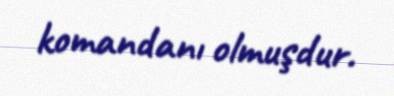
komandanı olmuşdur.